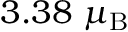
3 . 3 8 ~ \mu _ { \mathrm { B } }